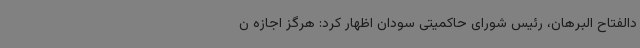
دالفتاح البرهان، رئیس شورای حاکمیتی سودان اظهار کرد: هرگز اجازه ن